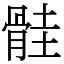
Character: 䯓